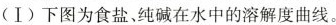
(Ⅰ)下图为食盐、纯碱在水中的溶解度曲线。